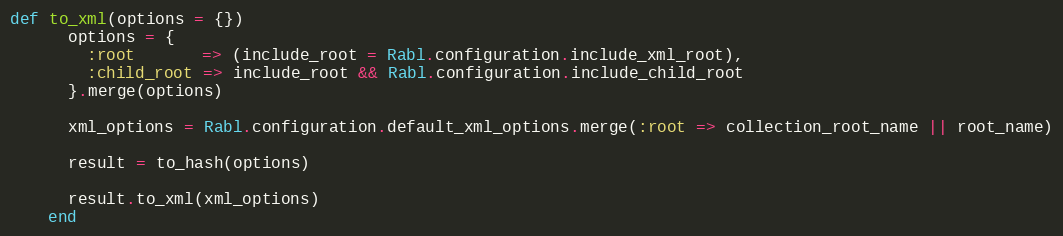
Language: Ruby
def to_xml(options = {})
      options = {
        :root       => (include_root = Rabl.configuration.include_xml_root),
        :child_root => include_root && Rabl.configuration.include_child_root
      }.merge(options)

      xml_options = Rabl.configuration.default_xml_options.merge(:root => collection_root_name || root_name)

      result = to_hash(options)

      result.to_xml(xml_options)
    end